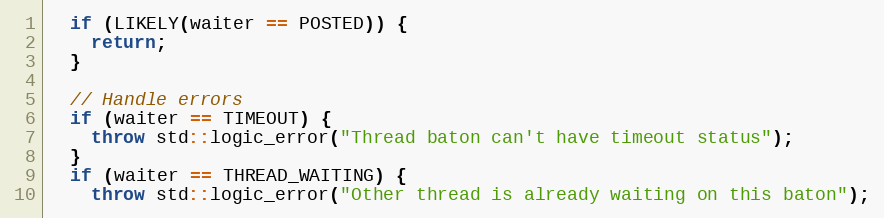
Language: C++
  if (LIKELY(waiter == POSTED)) {
    return;
  }

  // Handle errors
  if (waiter == TIMEOUT) {
    throw std::logic_error("Thread baton can't have timeout status");
  }
  if (waiter == THREAD_WAITING) {
    throw std::logic_error("Other thread is already waiting on this baton");